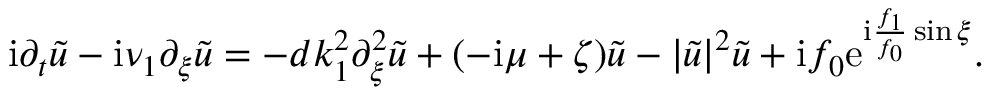
\mathrm { i } \partial _ { t } \tilde { u } - \mathrm { i } \nu _ { 1 } \partial _ { \xi } \tilde { u } = - d k _ { 1 } ^ { 2 } \partial _ { \xi } ^ { 2 } \tilde { u } + ( - \mathrm { i } \mu + \zeta ) \tilde { u } - | \tilde { u } | ^ { 2 } \tilde { u } + \mathrm { i } f _ { 0 } \mathrm { e } ^ { \mathrm { i } \frac { f _ { 1 } } { f _ { 0 } } \sin \xi } .